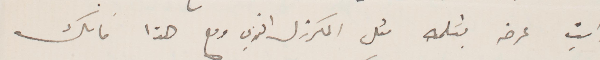
رايت عرض بقلمه مثل المكرزل افندي ومع هذا فانك